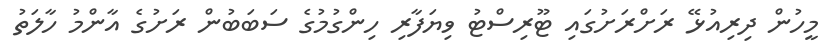
މީހުން ދިރިއުޅޭ ރަށްރަށުގައި ޓޫރިސްޓު ވިޔަފާރި ހިންގުމުގެ ސަބަބުން ރަށުގެ އާންމު ހާލަތު